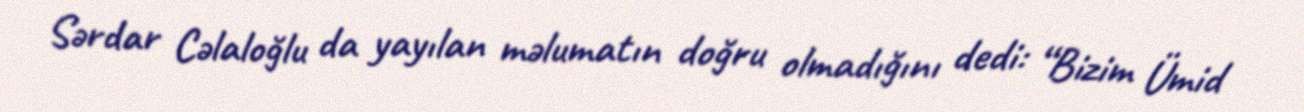
Sərdar Cəlaloğlu da yayılan məlumatın doğru olmadığını dedi: “Bizim Ümid